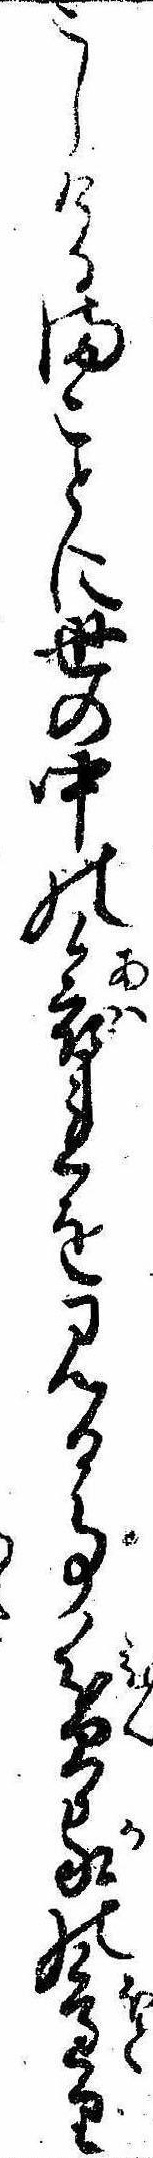
こしけるまことに世の中の哀れを見る事貧家のり